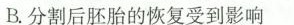
B.分割后胚胎的恢复受到影响